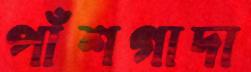
পাঁশগাদা